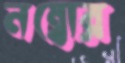
নম্বোর